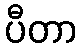
ပီတာ